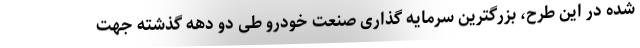
شده در این طرح، بزرگترین سرمایه گذاری صنعت خودرو طی دو دهه گذشته جهت